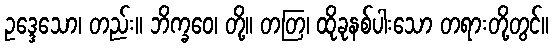
ဥဒ္ဒေသော၊ တည်း။ ဘိက္ခဝေ၊ တို့။ တတြ၊ ထိုခုနစ်ပါးသော တရားတို့တွင်။